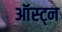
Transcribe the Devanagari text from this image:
ऑस्ट्न